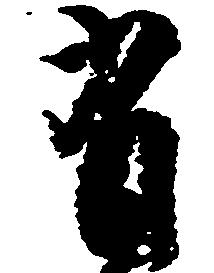
有